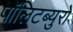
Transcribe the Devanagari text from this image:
पॉलिटब्युरो